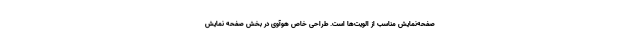
صفحه‌نمایش مناسب از الویت‌ها است. طراحی خاص هوآوی در بخش صفحه نمایش